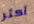
أكثر